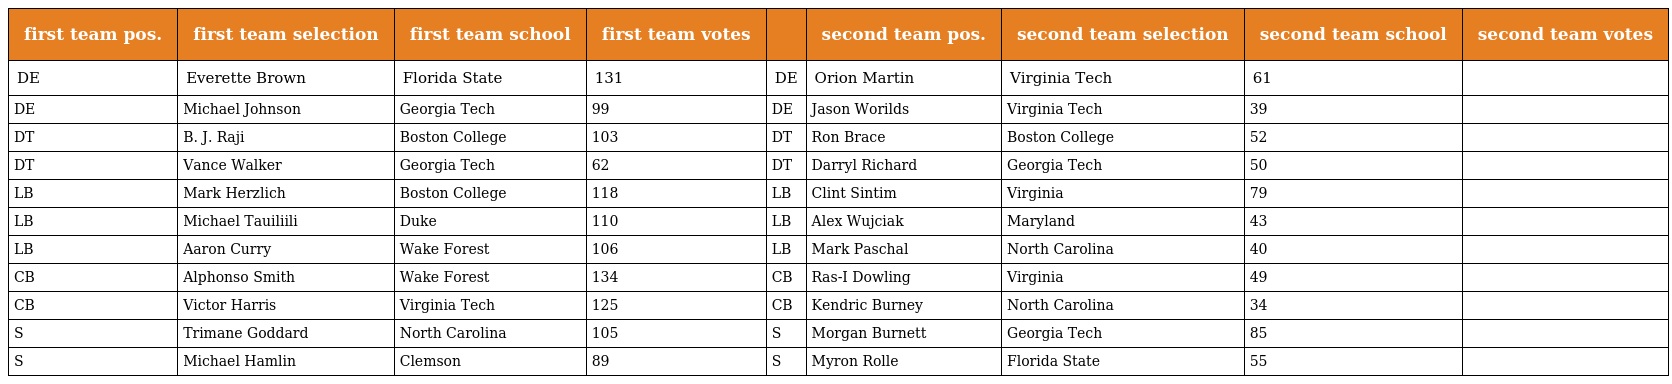
| first team pos. | first team selection | first team school | first team votes |  | second team pos. | second team selection | second team school | second team votes |
 | --- | --- | --- | --- | --- | --- | --- | --- | --- |
 | DE | Everette Brown | Florida State | 131 | DE | Orion Martin | Virginia Tech | 61 |  |
 | DE | Michael Johnson | Georgia Tech | 99 | DE | Jason Worilds | Virginia Tech | 39 |  |
 | DT | B. J. Raji | Boston College | 103 | DT | Ron Brace | Boston College | 52 |  |
 | DT | Vance Walker | Georgia Tech | 62 | DT | Darryl Richard | Georgia Tech | 50 |  |
 | LB | Mark Herzlich | Boston College | 118 | LB | Clint Sintim | Virginia | 79 |  |
 | LB | Michael Tauiliili | Duke | 110 | LB | Alex Wujciak | Maryland | 43 |  |
 | LB | Aaron Curry | Wake Forest | 106 | LB | Mark Paschal | North Carolina | 40 |  |
 | CB | Alphonso Smith | Wake Forest | 134 | CB | Ras-I Dowling | Virginia | 49 |  |
 | CB | Victor Harris | Virginia Tech | 125 | CB | Kendric Burney | North Carolina | 34 |  |
 | S | Trimane Goddard | North Carolina | 105 | S | Morgan Burnett | Georgia Tech | 85 |  |
 | S | Michael Hamlin | Clemson | 89 | S | Myron Rolle | Florida State | 55 |  |